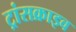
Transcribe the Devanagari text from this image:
ट्रांसक्राइव